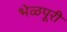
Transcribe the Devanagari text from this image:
भेळपूरी